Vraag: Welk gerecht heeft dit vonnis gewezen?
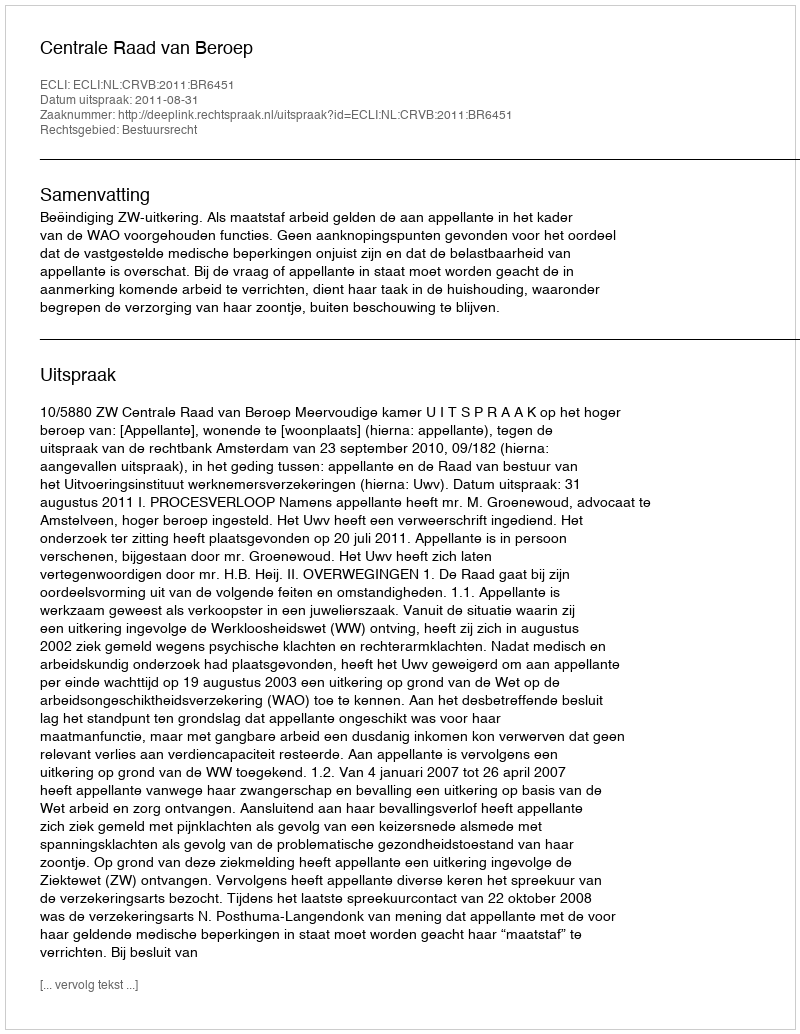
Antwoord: Centrale Raad van Beroep